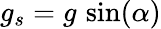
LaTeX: g_{s}=g\, \sin(\alpha)